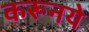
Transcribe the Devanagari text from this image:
करूनये